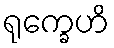
ရုက္ခေဟိ